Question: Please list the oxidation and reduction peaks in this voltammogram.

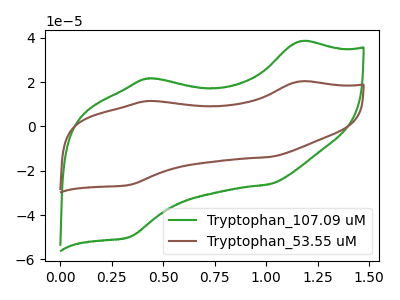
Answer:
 <answer>The green curve "Tryptophan_107.09 uM" has anodic peaks at (1.15V, 38.30uA) (0.40V, 21.55uA) and cathodic peaks at (1.00V, -26.05uA) (0.35V, -49.95uA). The brown curve "Tryptophan_53.55 uM" has anodic peaks at (1.15V, 20.25uA) (0.40V, 11.40uA) and cathodic peaks at (1.00V, -13.80uA) (0.35V, -26.40uA).</answer>
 <eval></eval>